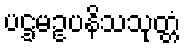
ပဌမဥပနိသသုတ္တံ